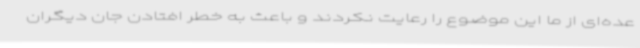
عده‌ای از ما این موضوع را رعایت نکردند و باعث به خطر افتادن جان دیگران